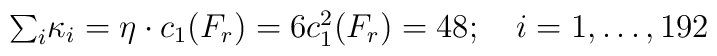
\textstyle{\sum_{i}} \kappa_{i} = \eta \cdot c_{1}(F_{r}) = 6c^{2}_{1}(F_{r}) = 48;\quad i=1,\ldots,192